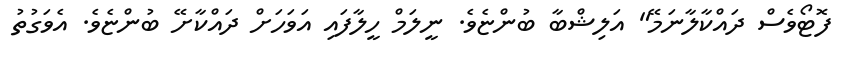
ފޮޓޯވެސް ދައްކާލާނަމޭ" އަލިޝްބާ ބުންޏެވެ. ނީލަމް ހީލާފައި އަވަހަށް ދައްކާށޭ ބުންޏެވެ. އެވަގުތު